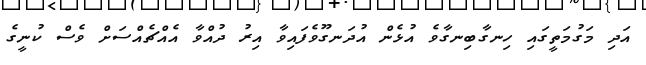
އަދި މަގުމަތީގައި ހިނގާބިނގާވެ އުޅެން އުދަނގޫވެފައިވާ އިރު ދުއްވާ އެއްޗެއްސަށް ވެސް ކުނީގެ